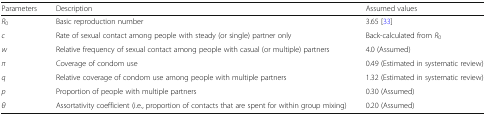
<table><thead><tr><td><b>Parameters</b></td><td><b>Description</b></td><td><b>Assumed values</b></td></tr></thead><tbody><tr><td><i>R</i><sub>0</sub></td><td>Basic reproduction number</td><td>3.65 [33]</td></tr><tr><td><i>c</i></td><td>Rate of sexual contact among people with steady (or single) partner only</td><td>Back-calculated from <i>R</i><sub>0</sub></td></tr><tr><td><i>w</i></td><td>Relative frequency of sexual contact among people with casual (or multiple) partners</td><td>4.0 (Assumed)</td></tr><tr><td><i>π</i></td><td>Coverage of condom use</td><td>0.49 (Estimated in systematic review)</td></tr><tr><td><i>q</i></td><td>Relative coverage of condom use among people with multiple partners</td><td>1.32 (Estimated in systematic review)</td></tr><tr><td><i>p</i></td><td>Proportion of people with multiple partners</td><td>0.30 (Assumed)</td></tr><tr><td><i>θ</i></td><td>Assortativity coefficient (i.e., proportion of contacts that are spent for within group mixing)</td><td>0.20 (Assumed)</td></tr></tbody></table>